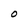
Character: 0